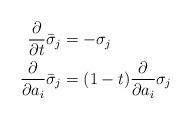
LaTeX: \begin{align*}\frac{\partial}{\partial t}\bar{\sigma}_j&=-\sigma_j\\\frac{\partial}{\partial a_i}\bar{\sigma}_j&=(1-t)\frac{\partial}{\partial a_i}\sigma_j\end{align*}